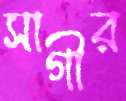
সাগীর